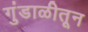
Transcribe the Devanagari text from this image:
गुंडाळीतून